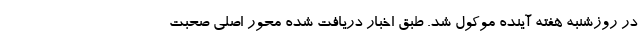
در روزشنبه هفته آینده موکول شد. طبق اخبار دریافت شده محور اصلی صحبت